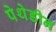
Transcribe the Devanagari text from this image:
पेथेडीन